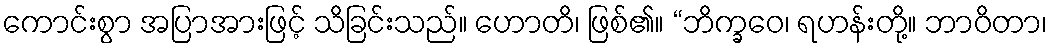
ကောင်းစွာ အပြာအားဖြင့် သိခြင်းသည်။ ဟောတိ၊ ဖြစ်၏။ “ဘိက္ခဝေ၊ ရဟန်းတို့။ ဘာဝိတာ၊